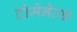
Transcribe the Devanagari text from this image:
दोमेनेत्स